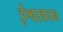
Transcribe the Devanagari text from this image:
ईश्वरवचन